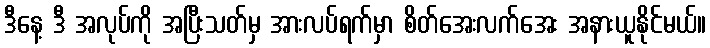
ဒီနေ့ ဒီ အလုပ်ကို အပြီးသတ်မှ အားလပ်ရက်မှာ စိတ်အေးလက်အေး အနားယူနိုင်မယ်။